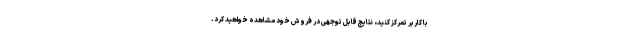
با کاربر تمرکز کنید، نتایج قابل توجهی در فروش خود مشاهده خواهید کرد.